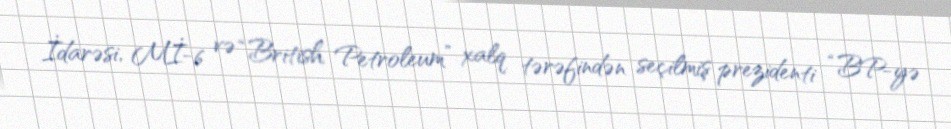
İdarəsi, Mİ-6 və “British Petroleum” xalq tərəfindən seçilmiş prezidenti “BP-yə